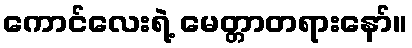
ကောင်လေးရဲ့ မေတ္တာတရားနော်။